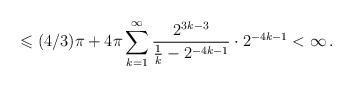
LaTeX: \begin{align*}\leqslant(4/3)\pi+4\pi\sum\limits_{k=1}^{\infty}\frac{2^{3k-3}}{\frac{1}{k}-2^{-4k-1}}\cdot2^{-4k-1}<\infty\,.\end{align*}